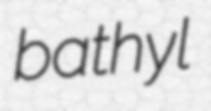
bathyl